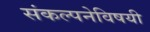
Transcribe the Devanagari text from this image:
संकल्पनेविषयी